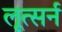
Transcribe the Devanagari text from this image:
लूत्सर्न